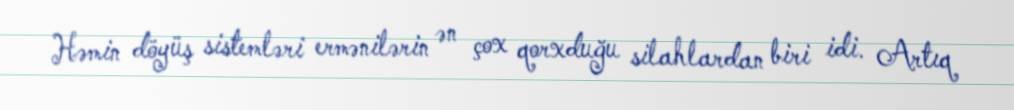
Həmin döyüş sistemləri ermənilərin ən çox qorxduğu silahlardan biri idi. Artıq